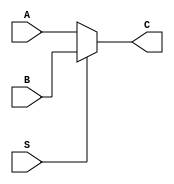
`timescale 1ns / 1ps

module lab2pt3(
    A,
    B,
    C,
    S);
    
input wire[1:0]A;
input wire[1:0]B;
input wire[0:0]S;
output reg[1:0]C;
    
always @(A or B or S)
begin
    if(S==0)
        C = A;
    else
        C = B;
end 
       
endmodule